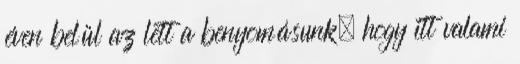
éven belül az lett a benyomásunk, hogy itt valami